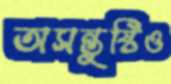
অসন্তুষ্টিও